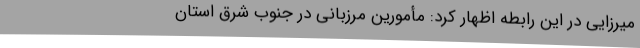
میرزایی در این رابطه اظهار کرد: مأمورین مرزبانی در جنوب شرق استان